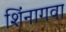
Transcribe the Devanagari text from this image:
शिंनागवा